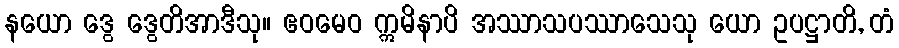
နယော ဒွေ ဒွေတိအာဒီသု။ ဧဝမေဝ ဣမိနာပိ အဿာသပဿာသေသု ယော ဥပဋ္ဌာတိ, တံ